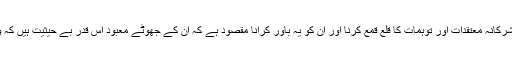
گویا مِنْ دُوْنِ اللهِ کے الفاظ سے کفار و مشرکین کے مشرکانہ معتقدات اور توہمات کا قلع قمع کرنا اور ان کو یہ باور کرانا مقصود ہے کہ ان کے جھوٹے معبود اس قدر بے حیثیت ہیں کہ وہ کسی قسم کے نفع و نقصان کا باعث نہیں ہو سکتے۔